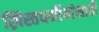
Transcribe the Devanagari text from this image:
ख्रिस्तधर्मीयांसाठी